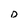
Character: D